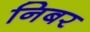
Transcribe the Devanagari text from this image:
निबर